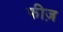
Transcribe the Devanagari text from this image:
फीज़